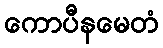
ကောပီနမေတံ